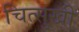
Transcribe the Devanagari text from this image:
चित्सुखी